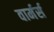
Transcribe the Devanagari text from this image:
वार्मर्स